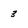
Character: 3